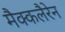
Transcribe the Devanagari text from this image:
मैक्कलैरेन